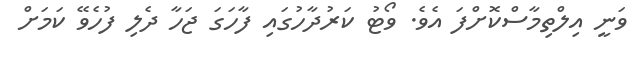
ވަނީ އިލްތިމާސްކޮށްފަ އެވެ. ވޯޓު ކަރުދާހުގައި ފާހަގަ ޖަހާ ދެލި ފުހެވޭ ކަމަށް